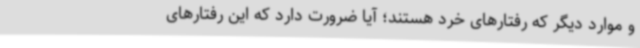
و موارد دیگر که رفتارهای خرد هستند؛ آیا ضرورت دارد که این رفتارهای